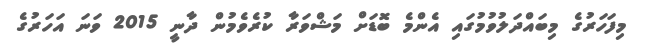
މިފަހަރުގެ މިބައްދަލުވުމުގައި އެންމެ ބޮޑަށް މަޝްވަރާ ކުރެވެމުން ދާނީ 2015 ވަނަ އަހަރުގެ